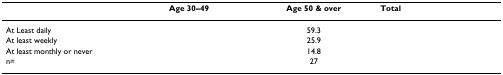
<table><thead><tr><td>[EMPTY_CELL]</td><td><b>Age 30–49</b></td><td><b>Age 50 &amp; over</b></td><td><b>Total</b></td></tr></thead><tbody><tr><td>At Least daily</td><td>[EMPTY_CELL]</td><td>59.3</td><td>[EMPTY_CELL]</td></tr><tr><td>At least weekly</td><td>[EMPTY_CELL]</td><td>25.9</td><td>[EMPTY_CELL]</td></tr><tr><td>At least monthly or never</td><td>[EMPTY_CELL]</td><td>14.8</td><td>[EMPTY_CELL]</td></tr><tr><td>n=</td><td>[EMPTY_CELL]</td><td>27</td><td>[EMPTY_CELL]</td></tr></tbody></table>